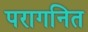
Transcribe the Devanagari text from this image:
परागनित